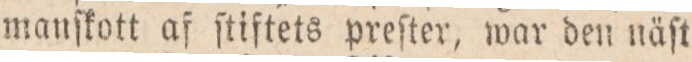
manſkott af ſtiftets preſter, war den näſt